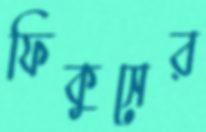
ফিকুসের